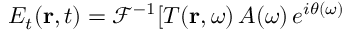
E _ { t } ( \mathbf { r } , t ) = \mathcal { F } ^ { - 1 } [ T ( \mathbf { r } , \omega ) \, A ( \omega ) \, e ^ { i \theta ( \omega ) }